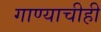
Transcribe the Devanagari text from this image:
गाण्याचीही